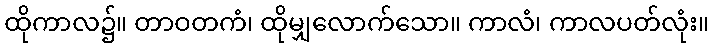
ထိုကာလ၌။ တာဝတကံ၊ ထိုမျှလောက်သော။ ကာလံ၊ ကာလပတ်လုံး။